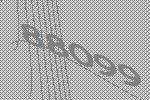
88099